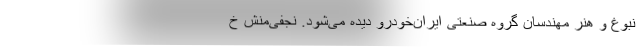
نبوغ و هنر مهندسان گروه صنعتی ایران‌خودرو دیده می‌شود. نجفی‌منش خ